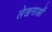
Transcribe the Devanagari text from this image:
लेखनाओं